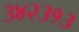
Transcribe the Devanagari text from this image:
३४२३१३